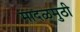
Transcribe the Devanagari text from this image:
मादळमुठी